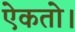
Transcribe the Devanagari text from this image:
ऐकतो।